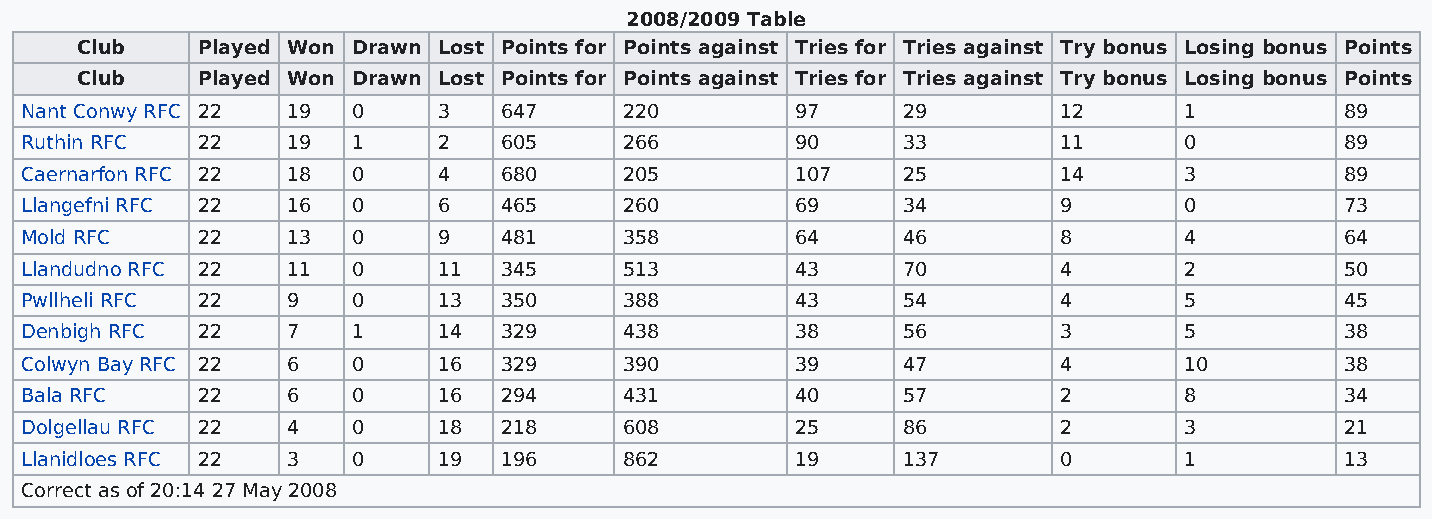
2008/2009 Table
 Club    Played Won Drawn Lost Points for Points against Tries for Tries against Try bonus Losing bonus Points
 Club    Played Won Drawn Lost Points for Points against Tries for Tries against Try bonus Losing bonus Points
 Nant Conwy RFC 22 19  0     3   647     220         97     29        12      1          89
 Ruthin RFC  22    19  1     2   605     266         90     33        11      0          89
 Caernarfon RFC 22 18  0     4   680     205         107    25        14      3          89
 Llangefni RFC 22  16  0     6   465     260         69     34        9       0          73
 Mold RFC    22    13  0     9   481     358         64     46        8       4          64
 Llandudno RFC 22  11  0     11  345     513         43     70        4       2          50
 Pwllheli RFC 22   9   0     13  350     388         43     54        4       5          45
 Denbigh RFC 22    7   1     14  329     438         38     56        3       5          38
 Colwyn Bay RFC 22 6   0     16  329     390         39     47        4       10         38
 Bala RFC    22    6   0     16  294     431         40     57        2       8          34
 Dolgellau RFC 22  4   0     18  218     608         25     86        2       3          21
 Llanidloes RFC 22 3   0     19  196     862         19     137       0       1          13
 Correct as of 20:14 27 May 2008